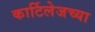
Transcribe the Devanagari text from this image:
कार्टिलेजच्या